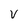
Character: v